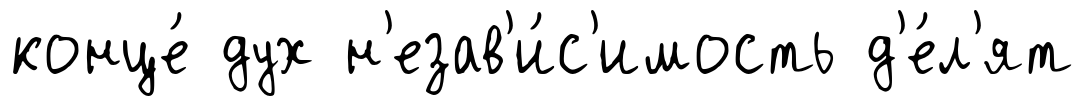
конце́ дух н'езав'и́с'имость д'е́л'ят